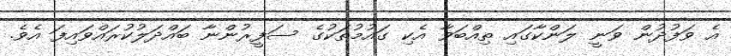
އެ ވަފުދުން ވަނީ ލަންކާގައި ތިއްބަވާ އެކި ގައުމުތަކުގެ ސަފީރުންނާ ބައްދަލުކުރައްވައިފަ އެވެ.